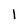
Character: 1